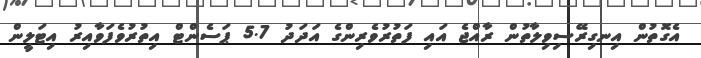
އެގޮތުން އިނގިރޭސިވިލާތުން ރާއްޖެ އައި ފަތުރުވެރިންގެ އަދަދު 5.7 ޕަސެންޓް އިތުރުވެފަވާއިރު އިޓަލީން